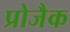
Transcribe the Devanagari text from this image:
प्रोजैक